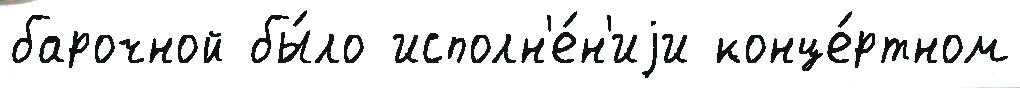
барочной бы́ло исполн'е́н'иjи конце́ртном